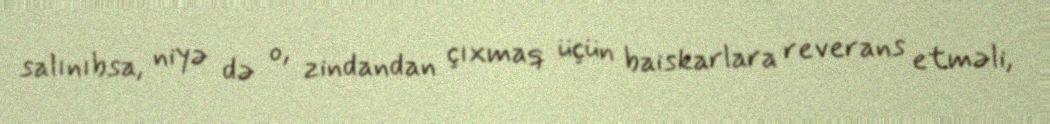
salınıbsa, niyə də o, zindandan çıxmaq üçün baiskarlara reverans etməli,